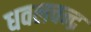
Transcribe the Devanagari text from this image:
धवलचन्द्र